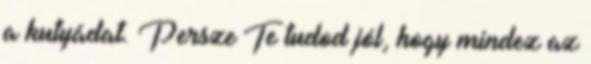
a kutyádat. Persze Te tudod jól, hogy mindez az